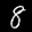
Label: 8